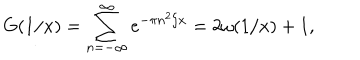
LaTeX: G ( 1 / x ) = \sum _ { n = - \infty } ^ { \infty } e ^ { - \pi n ^ { 2 } / x } = 2 \omega ( 1 / x ) + 1 ,